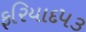
ફરિયાદ૫૩